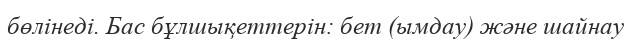
бөлінеді. Бас бұлшықеттерін: бет (ымдау) және шайнау